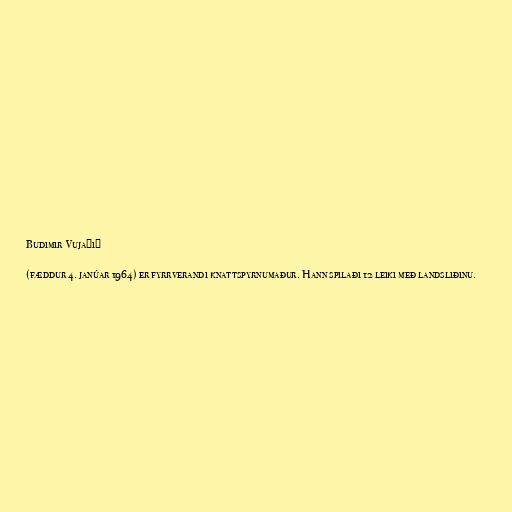
Budimir Vujačić

(fæddur 4. janúar 1964) er fyrrverandi knattspyrnumaður. Hann spilaði 12 leiki með landsliðinu.